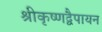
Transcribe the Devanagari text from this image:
श्रीकृष्णद्वैपायन